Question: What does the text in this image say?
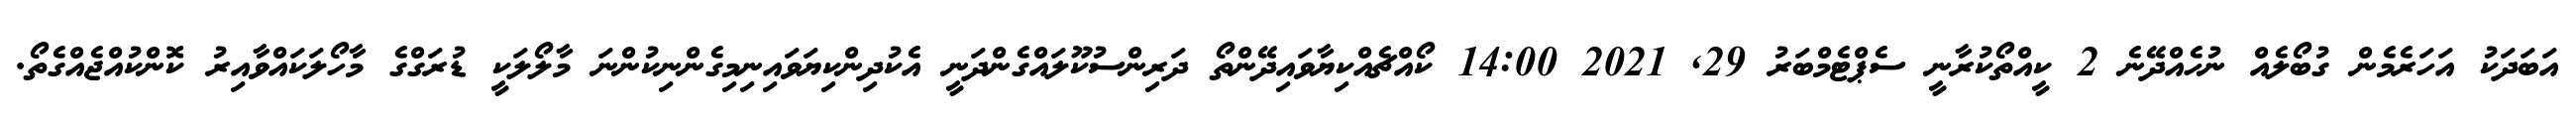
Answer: އަބަދަކު އަހަރެމެން ގުބޯލެއް ނުހެއްދޭނެ 2 ކީއްތޯކުރާނީ ސެޕްޓެމްބަރު 29, 2021 14:00 ކޯއްޗެއްކިޔާވައިދޭންތޯ ދަރިންސުކޫލައްގެންދަނީ އެކުދިންކިޔަވައިނިމިގެންނިކުންނަ މާލޯލަކީ ޑުރަގްގެ މާހޯލަކައްވާއިރު ކޮންކުއްޖެއްގެތޯ.